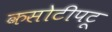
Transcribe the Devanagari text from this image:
कसोटीपटू